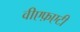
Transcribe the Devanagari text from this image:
वीएफ़एटी